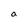
Character: a